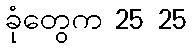
ခုံတွေက 25 25